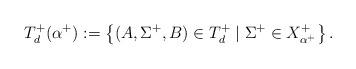
LaTeX: \begin{align*}T_{d}^+(\alpha^+) := \left\{ (A,\Sigma^+,B) \in T_d^+ \mid \Sigma^+ \in X_{\alpha^+}^+ \right\}.\end{align*}